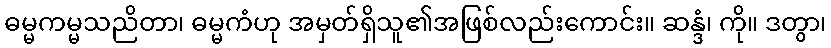
ဓမ္မကမ္မသညိတာ၊ ဓမ္မကံဟု အမှတ်ရှိသူ၏အဖြစ်လည်းကောင်း။ ဆန္ဒံ၊ ကို။ ဒတွာ၊